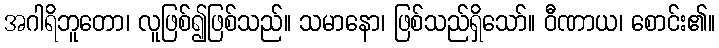
အဂါရိဘူတော၊ လူဖြစ်၍ဖြစ်သည်။ သမာနော၊ ဖြစ်သည်ရှိသော်။ ဝီဏာယ၊ စောင်း၏။